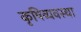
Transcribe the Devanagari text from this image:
कृषिव्‍यवस्था